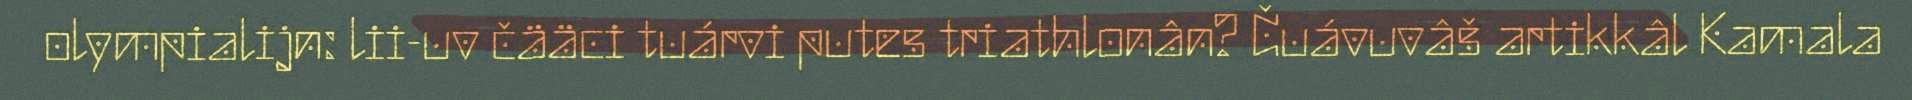
olympialijn: lii-uv čääci tuárvi putes triathlonân? Čuávuvâš artikkâl Kamala